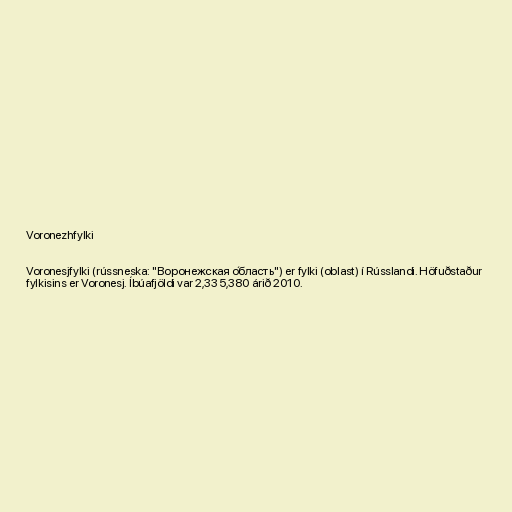
Voronezhfylki

Voronesjfylki (rússneska: "Воронежская о́бласть") er fylki (oblast) í Rússlandi. Höfuðstaður
fylkisins er Voronesj. Íbúafjöldi var 2,335,380 árið 2010.